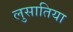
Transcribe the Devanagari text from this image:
लुसातिया